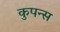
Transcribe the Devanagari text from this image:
कुपन्स